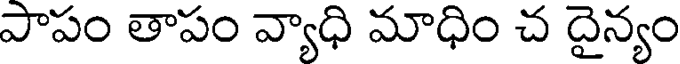
పాపం తాపం వ్యాధి మాధిం చ దైన్యం